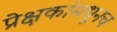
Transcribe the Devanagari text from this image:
प्रेक्षकांमधूनच